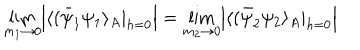
\lim _ { m _ { 1 } \rightarrow 0 } \Bigl | \langle ( \bar { \psi } _ { 1 } \psi _ { 1 } \rangle _ { A } | _ { h = 0 } \Bigr | = \lim _ { m _ { 2 } \rightarrow 0 } \Bigl | \langle ( \bar { \psi } _ { 2 } \psi _ { 2 } \rangle _ { A } | _ { h = 0 } \Bigr |